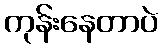
ကုန်းနေတာပဲ